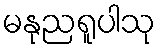
မနုညရူပါသု